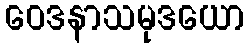
ဝေဒနာသမုဒယော